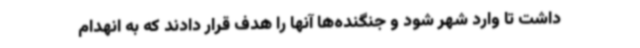
داشت تا وارد شهر شود و جنگنده‌ها آنها را هدف قرار دادند که به انهدام